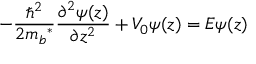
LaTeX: - { \frac { \hbar ^ { 2 } } { 2 m { _ { b } } ^ { * } } } { \frac { \partial ^ { 2 } \psi ( z ) } { \partial z ^ { 2 } } } + V _ { 0 } \psi ( z ) = E \psi ( z )